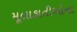
મૂલાકાતીઓના